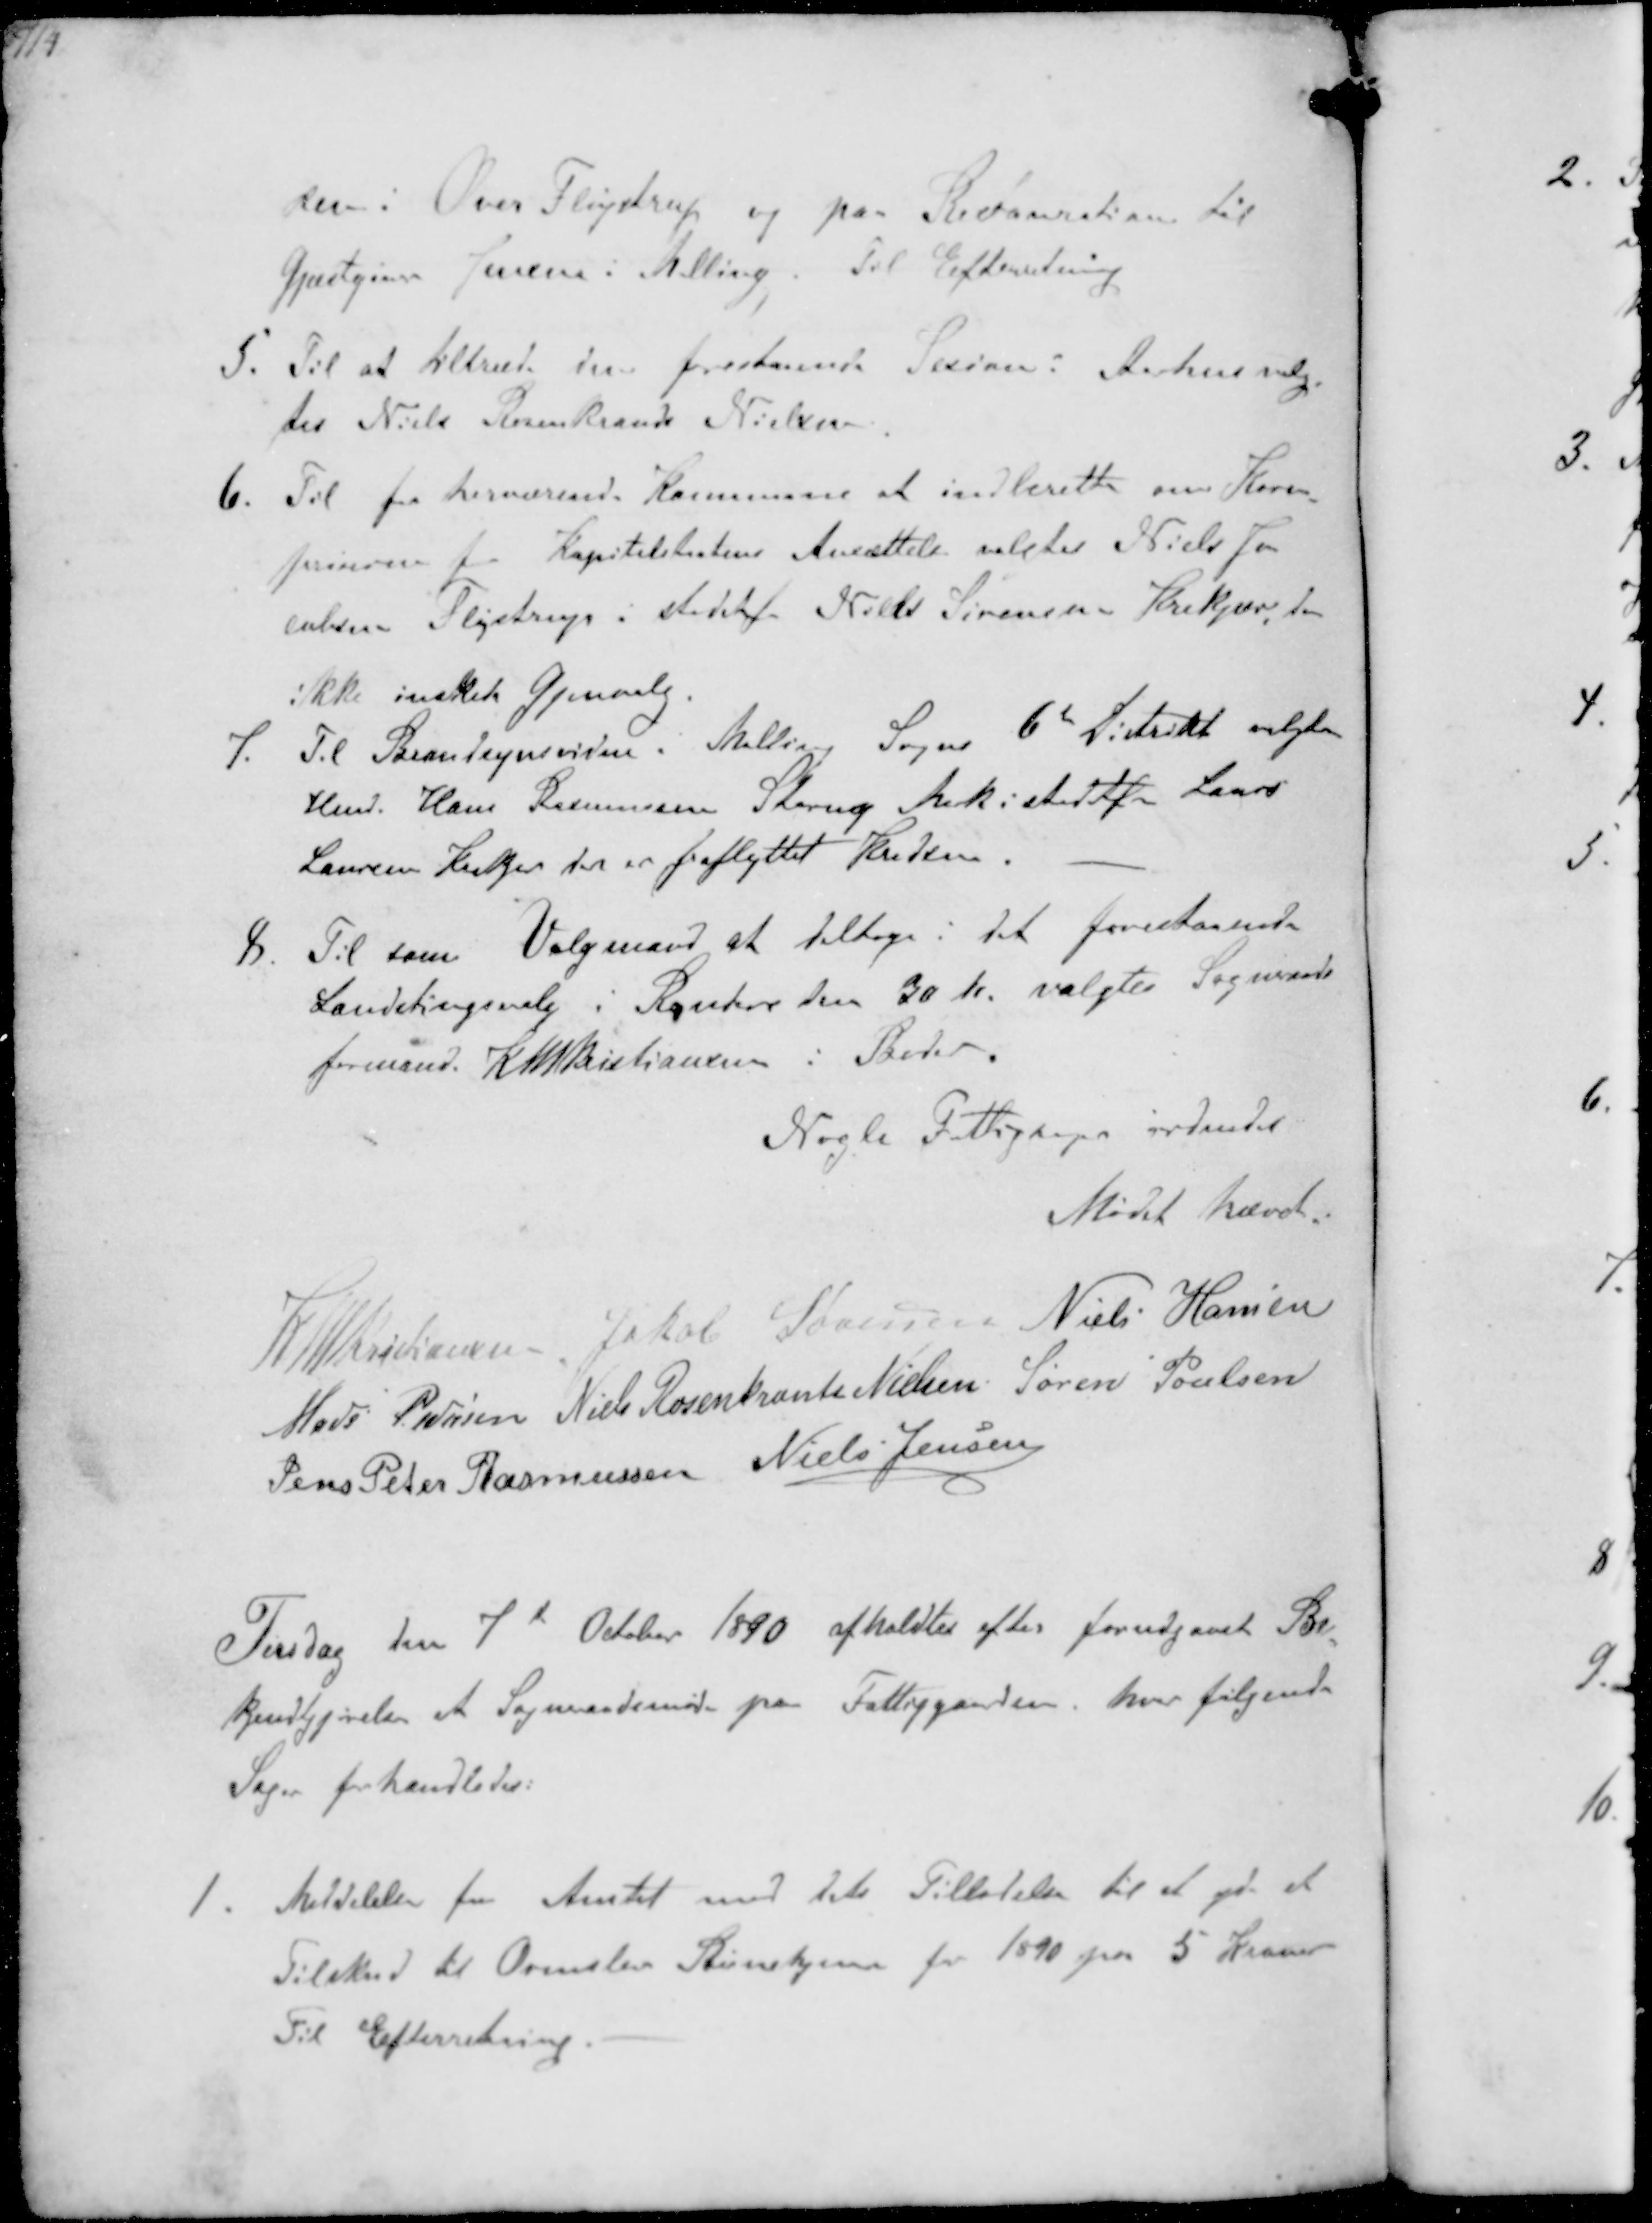
Transskription:
sen i Over Fløjstrup og paa Restauration til
Gjæstgiver Jensen i Malling Til Efterretning
5. Til at tiltræde den forestaaende Sesion i Aarhus valg-
tes Niels Rosenkrands Nielsen
6. Til fra herværende Kommune at indberette om Korn-
priserne for Kapitelstaxtens Ansættelse valgtes Niels Ja-
cobsen Fløjstrup i stedetfor Niels Sørensen Krekjær, der 
ikke ønskede Genvalg
7. Til Brandsynsvidne i Malling Sogns 6te Distrikt valgtes
Hmd. Hans Rasmussen Starup Mark i stedetfor Laurs
Laursen Krekjer der er fraflyttet Kredsen.
8. Til som Valgmand at deltage i det forestaaende
Landstingsvalg i Randers den 30 te valgtes Sogneraads-
formand K N M Kristiansen i Beder
Nogle Fattigsager ordnedes
Mødet hævet.
K N M Kristiansen Jakob Sørensen Niels Hansen
Mads Pedersen Niels Rosenkrands Nielsen Søren Poulsen
Jens Peter Rasmussen Niels Jensen
Tirsdag den 7d October 1890 afholdtes efter forudgaaet Be-
kjendtgjørelse et Sogneraadsmøde pa Fattiggaarden, hver følgende
Sager forhandledes:
1. Meddelelse fra Amtet med dets Tilladelse til at yde et
Tilskud til Ormslev Børnehjem for 1890 paa 5 Kroner
Til Efterreting